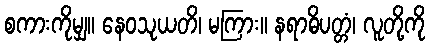
စကားကိုမျှ။ နေဝသုယတိ၊ မကြား။ နရာဓိပတ္တံ၊ လူတို့ကို